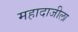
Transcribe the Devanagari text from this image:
महादाजीला